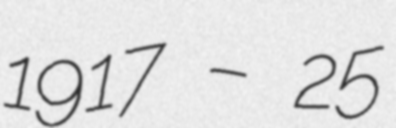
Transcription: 1917 – 25